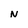
Character: N